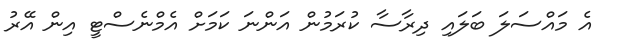
އެ މައްސަލަ ބަލައި ދިރާސާ ކުރަމުން އަންނަ ކަމަށް އެމްނެސްޓީ އިން އޭރު